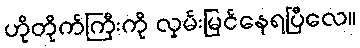
ဟိုတိုက်ကြီးကို လှမ်းမြင်နေရပြီလေ။